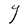
Character: Y